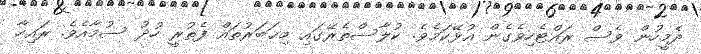
ދެމީހުން ވެސް ރައްޓެހިވެގެން އުޅޭކަމެވެ. ކުލާސްތެރޭގައި މިޙަބަރުތައް ފެތުރީ ހުދު ސުމާއެވެ. ރައިހާ